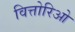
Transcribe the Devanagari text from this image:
वित्तोरिओ